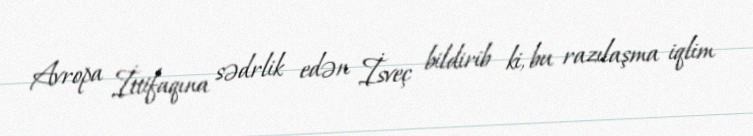
Avropa İttifaqına sədrlik edən İsveç bildirib ki, bu razılaşma iqlim